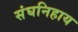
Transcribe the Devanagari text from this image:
संघनिहाय